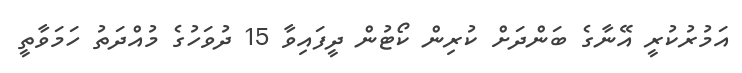
އަމުރުކުރީ އޭނާގެ ބަންދަށް ކުރިން ކޯޓުން ދީފައިވާ 15 ދުވަހުގެ މުއްދަތު ހަމަވާތީ